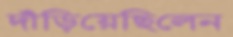
দাঁড়িয়েছিলেন